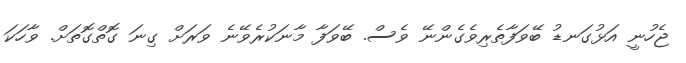
ޖެހުނީ އަޅުގަނޑު ބޭވަފާތެރިވެގެންނޭ ވެސް. ބޭވަފާ މާނަކުރެވޭނެ ވަރަށް ގިނަ ގޮތްގޮތަށް. ވާހަކަ